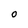
Character: O